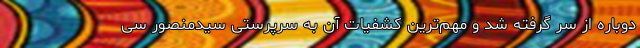
دوباره از سر گرفته شد و مهم‌ترین کشفیات آن به سرپرستی سیدمنصور سی